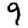
Digit: 9